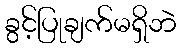
ခွင့်ပြုချက်မရှိဘဲ